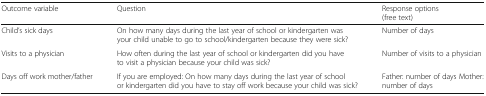
| Outcome variable | Question | Response options(free text) |
 | --- | --- | --- |
 | Child’s sick days | On how many days during the last year of school or kindergarten was your child unable to go to school/kindergarten because they were sick? | Number of days |
 | Visits to a physician | How often during the last year of school or kindergarten did you have to visit a physician because your child was sick? | Number of visits to a physician |
 | Days off work mother/father | If you are employed: On how many days during the last year of school or kindergarten did you have to stay off work because your child was sick? | Father: number of days Mother: number of days |